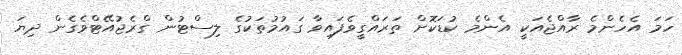
ހަމަ އެހެންމެ ރާއްޖެއަކީ އެންމެ ކުޑަކޮށް ތަރައްގީވެފައިވާ ގައުމުތަކުގެ ލިސްޓުން ގްރެޖުއޭޓްވެގެން ދިޔަ